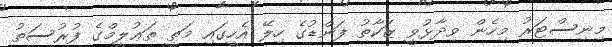
މިނިސްޓަރު މިހެން ވިދާޅުވީ ޒަކާތު ފަންޑުގެ ހިލޭ އެހީގައި މަތީ ތަޢުލީމްގެ ފުރުސަތު